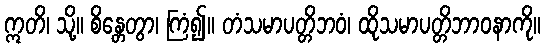
ဣတိ၊ သို့။ စိန္တေတွာ၊ ကြံ၍။ တံသမာပတ္တိဘဝံ၊ ထိုသမာပတ္တိဘာဝနာကို။